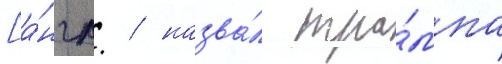
[а́нгл. / назва́л тра́мпа